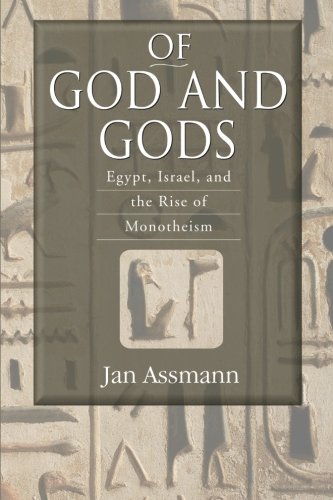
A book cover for Of God and Gods: Egypt, Israel, and the Rise of Monotheism (George L. Mosse Series); Jan Assmann; Religion & Spirituality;